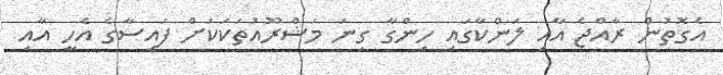
އެގޮތުން ރާއްޖެ އާއި ލަންކާގައި ހިންގާ ގިނަ މަޝްރޫއުތަކަކަށް ފައިސާގެ އެހީ އާއި